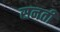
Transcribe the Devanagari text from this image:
सनती